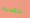
بتقديم